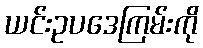
ယင်းဥပဒေကြမ်းကို